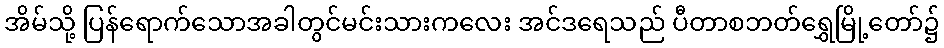
အိမ်သို့ ပြန်ရောက်သောအခါတွင်မင်းသားကလေး အင်ဒရေသည် ပီတာစဘတ်ရွှေမြို့တော်၌